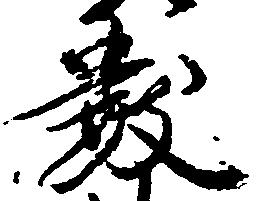
数